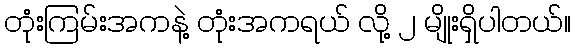
တုံးကြမ်းအကနဲ့ တုံးအကရယ် လို့ ၂ မျိုးရှိပါတယ်။